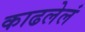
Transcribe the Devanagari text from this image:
काढलेलं